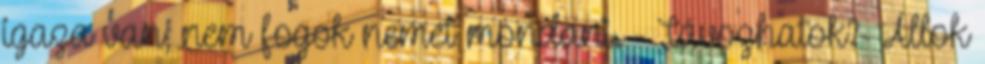
igaza van, nem fogok nemet mondani. - Távozhatok?- Állok